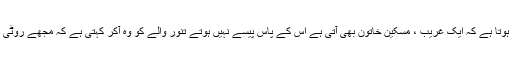
پھر یوں ہوتا ہے کہ ایک غریب ، مسکین خاتون بھی آتی ہے اس کے پاس پیسے نہیں ہوتے تنور والے کو وہ آکر کہتی ہے کہ مجھے روٹی دے دیں۔